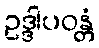
ဥဒ္ဒါပဝန္တံ